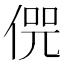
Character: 𠋨